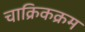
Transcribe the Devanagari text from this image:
चाक्रिकक्रम